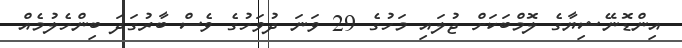
އިންޑޮނޭޝިޔާގެ ލޮމްބަކަށް ޖުލައި މަހުގެ 29 ވަނަ ދުވަހުގެ ވެސް ބާރުގަދަ ބިންހެލުމެއް